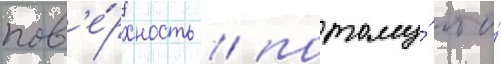
пов'е́рхность / потому́ что́